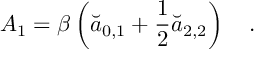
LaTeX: A _ { 1 } = \beta \left( \breve { a } _ { 0 , 1 } + \frac 1 2 \breve { a } _ { 2 , 2 } \right) ~ ~ ~ .